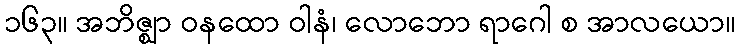
၁၆၃။ အဘိဇ္ဈာ ဝနထော ဝါနံ၊ လောဘော ရာဂေါ စ အာလယော။